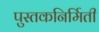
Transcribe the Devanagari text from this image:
पुस्तकनिर्मिती